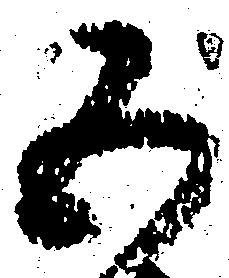
五